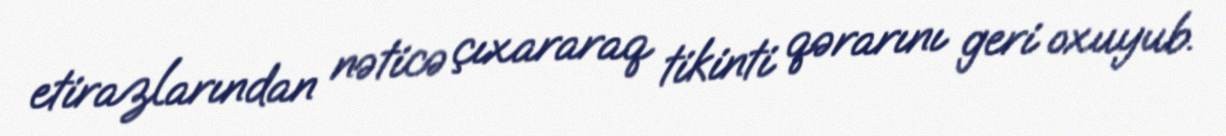
etirazlarından nəticə çıxararaq tikinti qərarını geri oxuyub.